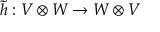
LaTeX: { \tilde { h } } : V \otimes W \to W \otimes V